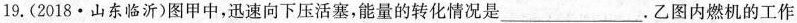
19.(2018·山东临沂)图甲中，迅速向下压活塞，能量的转化情况是___.乙图内燃机的工作